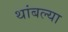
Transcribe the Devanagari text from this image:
थांबल्या